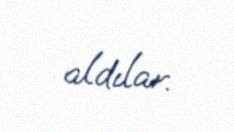
aldılar.